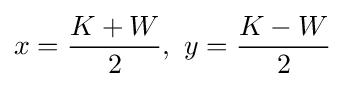
x={\frac {K+W}{2}},\ y={\frac {K-W}{2}}